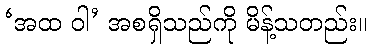
‘အထ ဝါ’ အစရှိသည်ကို မိန့်သတည်း။